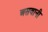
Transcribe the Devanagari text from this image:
असवानी